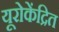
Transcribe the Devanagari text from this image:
यूरोकेंद्रित